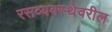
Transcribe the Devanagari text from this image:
रसव्यवस्थेवरील